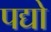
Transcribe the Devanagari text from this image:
पद्यो